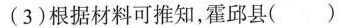
(3)根据材料可推知，霍邱县()